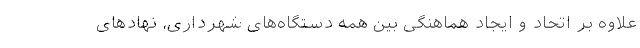
علاوه بر اتحاد و ایجاد هماهنگی بین همه دستگاه‌های شهرداری، نهادهای